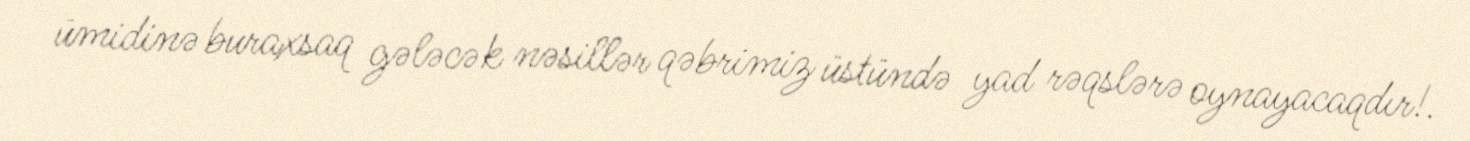
ümidinə buraxsaq gələcək nəsillər qəbrimiz üstündə yad rəqslərə oynayacaqdır!.